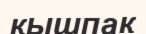
қышпақ